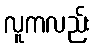
လူကလည်း